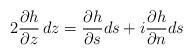
LaTeX: \begin{align*} 2 \frac{\partial h}{\partial z} \,dz = \frac{\partial h}{\partial s} ds + i \frac{\partial h}{\partial n} ds \end{align*}